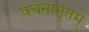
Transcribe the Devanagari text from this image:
वचनामृतम्